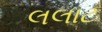
લલાટ